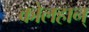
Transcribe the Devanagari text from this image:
कोलहान्